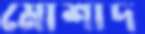
মোশাদ